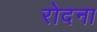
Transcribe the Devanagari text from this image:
रोदना